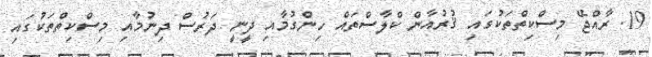
19. ރާއްޖޭ މިސްކިތްތަކުގައި ޤުރުއާން ކްލާސްތައް ހިންގުމާއި ދީނީ ދަރުސް ދިނުމާއި މިސްކިތްތަކުގައި